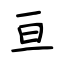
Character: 亘